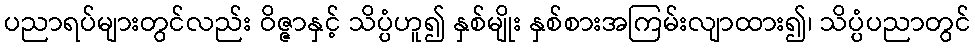
ပညာရပ်များတွင်လည်း ဝိဇ္ဇာနှင့် သိပ္ပံဟူ၍ နှစ်မျိုး နှစ်စားအကြမ်းလျာထား၍၊ သိပ္ပံပညာတွင်